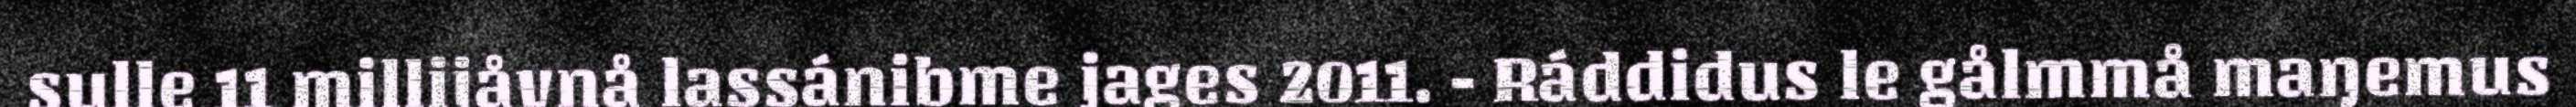
sulle 11 millijåvnå lassánibme jages 2011. - Ráddidus le gålmmå maŋemus